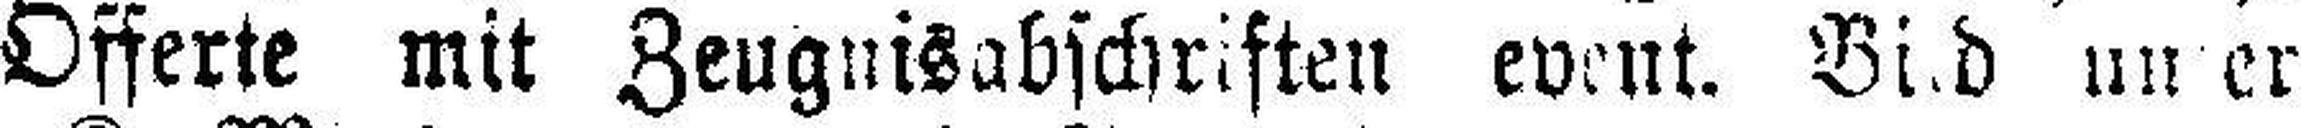
Offerte mit Zeugnisabschriften event. Bild unter